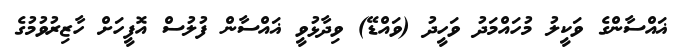
ޣައްސާންގެ ވަކީލު މުހައްމަދު ވަހީދު (ވައްޑޭ) ވިދާޅުވީ ޣައްސާން ފުލުސް އޮފީހަށް ހާޒިރުވުމުގެ